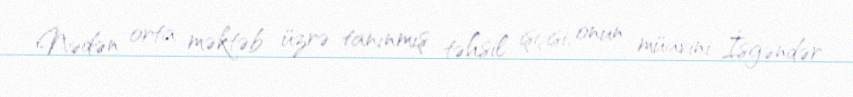
Nədən orta məktəb üzrə tanınmış təhsil işçisi, onun müavini İsgəndər